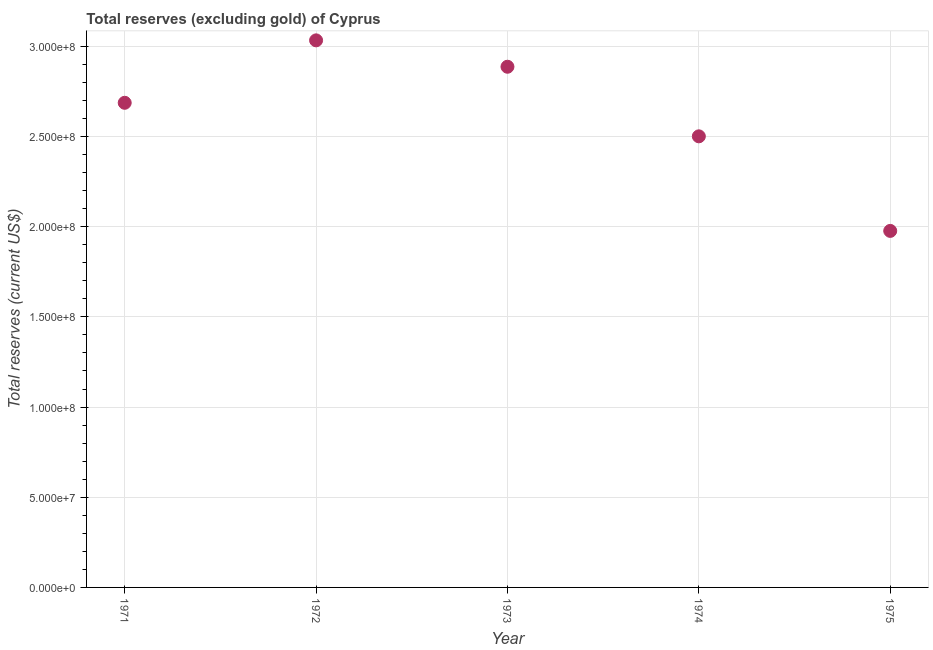
| Year | Total reserves minus gold (current US$) |
 | --- | --- |
 | 1971 | 2.69e+08 |
 | 1972 | 3.03e+08 |
 | 1973 | 2.89e+08 |
 | 1974 | 2.5e+08 |
 | 1975 | 1.98e+08 |